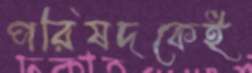
পরিষদকেই